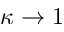
\kappa \rightarrow 1